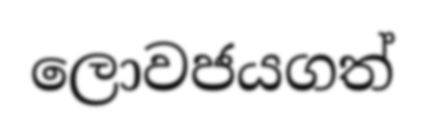
ලොවජයගත්